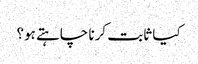
کیا ثابت کرنا چاہتے ہو؟